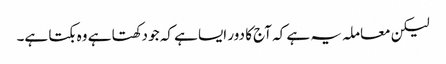
لیکن معاملہ یہ ہے کہ آج کا دور ایسا ہے کہ جو دکھتا ہے وہ بکتا ہے۔